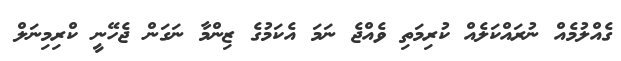
ގެއްލުމެއް ނުރައްކަލެއް ކުރިމަތި ވެއްޖެ ނަމަ އެކަމުގެ ޒިންމާ ނަގަން ޖެހޭނީ ކްރިމިނަލް